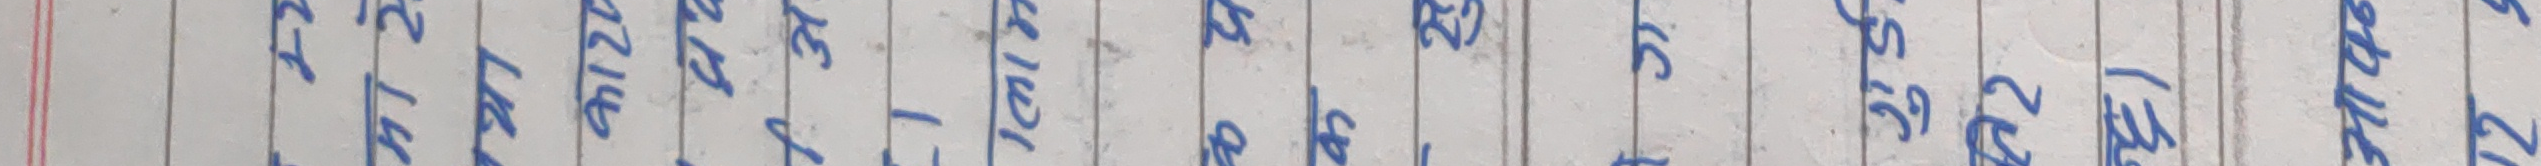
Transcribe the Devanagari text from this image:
अटालेर